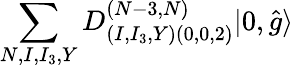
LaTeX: \sum_{N,I,I_{3},Y}D_{(I,I_{3},Y)(0,0,2)}^{(N-3,N)}|0,\hat{g}\rangle